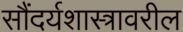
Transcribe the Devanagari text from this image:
सौंदर्यशास्त्रावरील